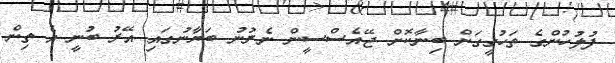
ފުލުހުންގެ ތަހުގީގަށް ބިނާކޮށް ޖޭއެސްސީން ނެރުނު ބަޔާނުގައި އޭރު ބުނީ އެ ތިން